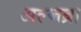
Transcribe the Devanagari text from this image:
अल्जब्रा